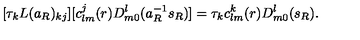
[ \tau _ { k } L ( a _ { R } ) _ { k j } ] [ c _ { l m } ^ { j } ( r ) D _ { m 0 } ^ { l } ( a _ { R } ^ { - 1 } s _ { R } ) ] = \tau _ { k } c _ { l m } ^ { k } ( r ) D _ { m 0 } ^ { l } ( s _ { R } ) .